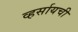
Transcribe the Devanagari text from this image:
व्हर्सायची